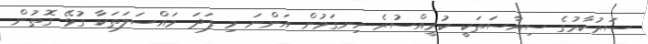
ސަރުކާރުގެ ސިޔާސަތަކީ ކުރީއްސުރެ ހިނގަމުން އަންނަ މި ފަދަ މައްސަލަތަކާ ގުޅޭ ގޮތުން